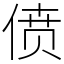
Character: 偾